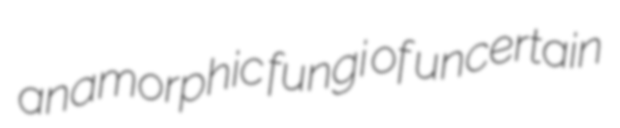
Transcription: anamorphic fungi of uncertain